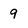
Character: 9